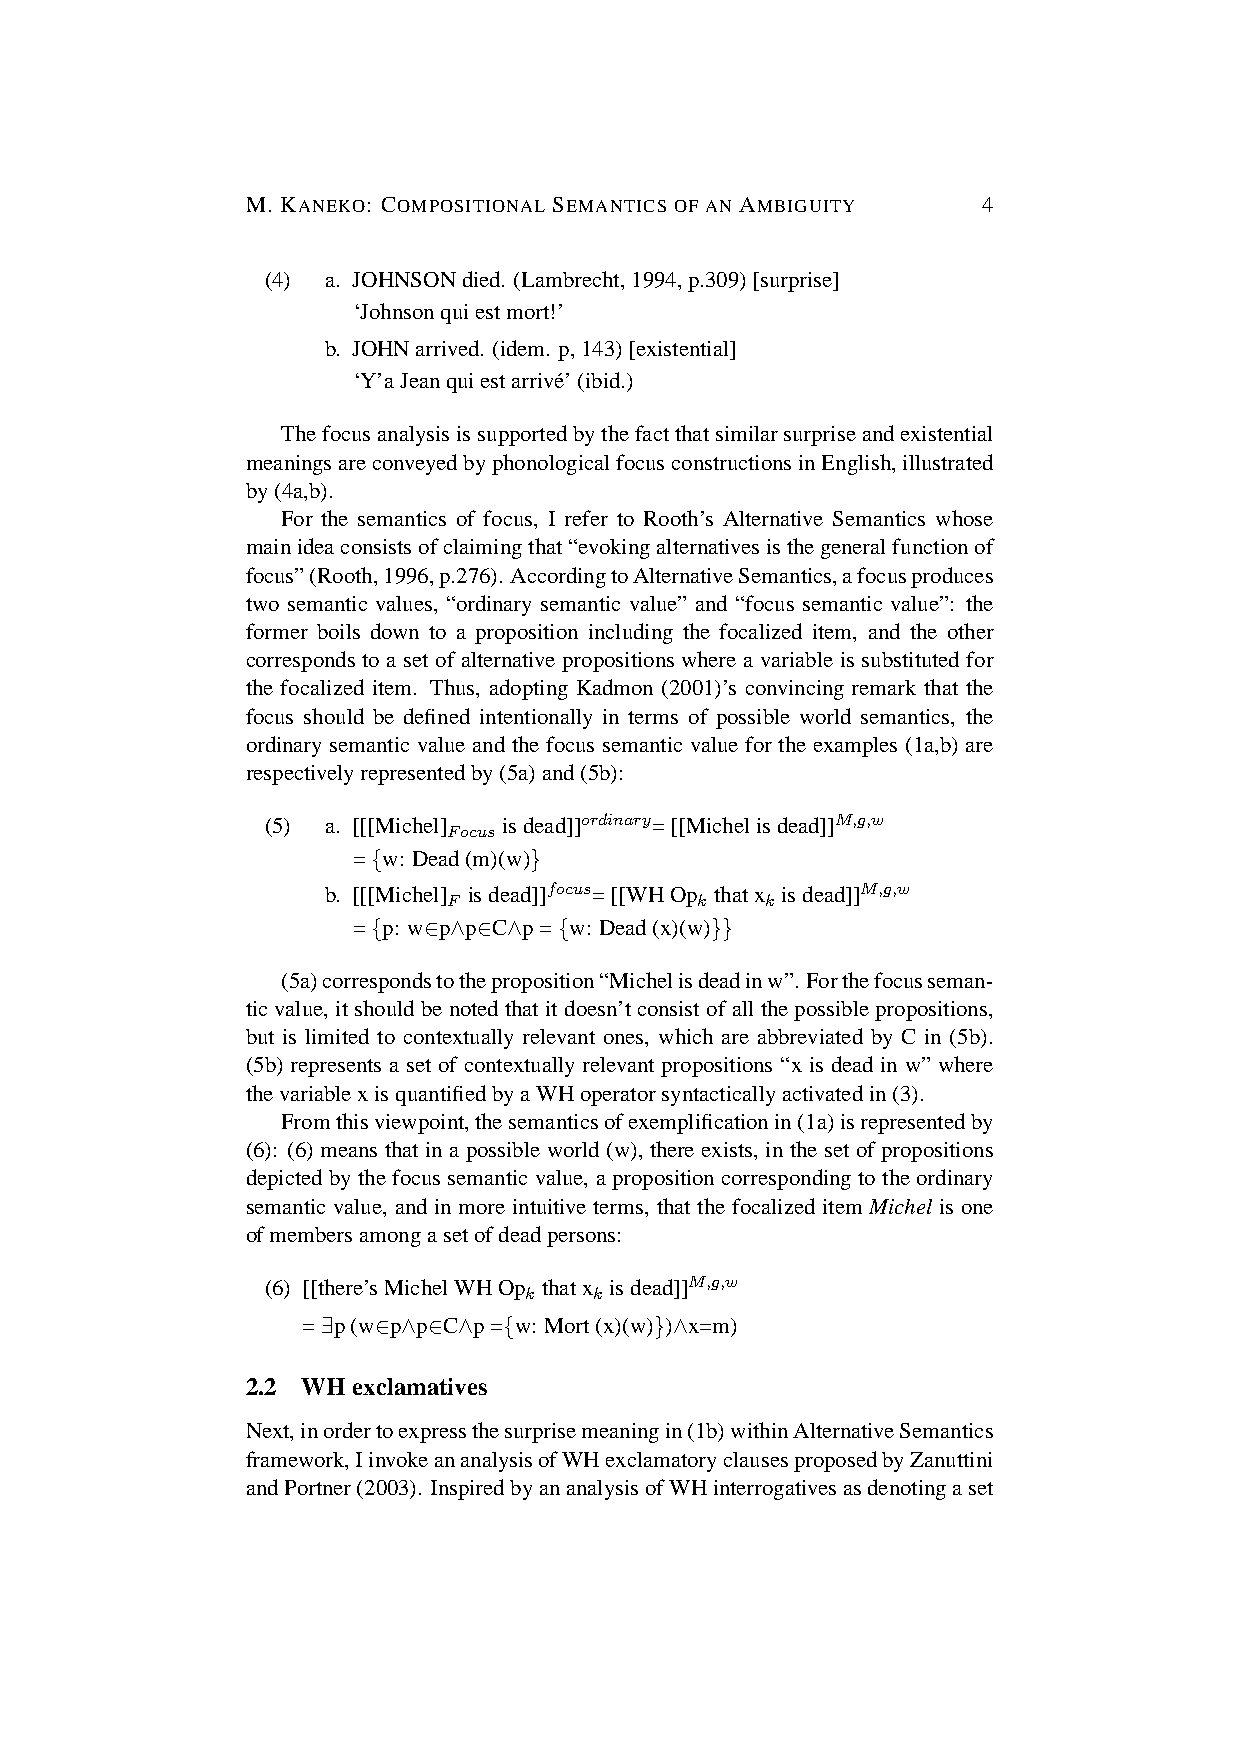
M. KANEKO: COMPOSITIONAL SEMANTICS OF AN AMBIGUITY 4
 (4) a. JOHNSONdied. (Lambrecht,1994,p.309)[surprise]
 ‘Johnsonquiestmort!’
 b. JOHNarrived. (idem. p,143)[existential]
 ‘Y’aJeanquiestarrive´’(ibid.)
 Thefocusanalysisissupportedbythefactthatsimilarsurpriseandexistential
 meaningsareconveyedbyphonologicalfocusconstructionsinEnglish,illustrated
 by(4a,b).
 For the semantics of focus, I refer to Rooth’s Alternative Semantics whose
 mainideaconsistsofclaimingthat“evokingalternativesisthegeneralfunctionof
 focus”(Rooth,1996,p.276). AccordingtoAlternativeSemantics,afocusproduces
 two semantic values, “ordinary semantic value” and “focus semantic value”: the
 former boils down to a proposition including the focalized item, and the other
 corresponds to a set of alternative propositions where a variable is substituted for
 the focalized item. Thus, adopting Kadmon (2001)’s convincing remark that the
 focus should be defined intentionally in terms of possible world semantics, the
 ordinary semantic value and the focus semantic value for the examples (1a,b) are
 respectivelyrepresentedby(5a)and(5b):
 (5) a. [[[Michel] isdead]]ordinary=[[Michelisdead]]M,g,w
 Focus
 ={w: Dead(m)(w)}
 b. [[[Michel] isdead]]focus=[[WHOp thatx isdead]]M,g,w
 F               k    k
 ={p: w∈p∧p∈C∧p={w: Dead(x)(w)}}
 (5a)correspondstotheproposition“Michelisdeadinw”. Forthefocusseman-
 ticvalue, itshouldbenotedthatitdoesn’tconsistofallthepossiblepropositions,
 but is limited to contextually relevant ones, which are abbreviated by C in (5b).
 (5b) represents a set of contextually relevant propositions “x is dead in w” where
 thevariablexisquantifiedbyaWHoperatorsyntacticallyactivatedin(3).
 Fromthisviewpoint,thesemanticsofexemplificationin(1a)isrepresentedby
 (6): (6) means that in a possible world (w), there exists, in the set of propositions
 depicted by the focus semantic value, a proposition corresponding to the ordinary
 semantic value, and in more intuitive terms, that the focalized item Michel is one
 ofmembersamongasetofdeadpersons:
 (6) [[there’sMichelWHOp thatx isdead]]M,g,w
 k   k
 =∃p(w∈p∧p∈C∧p={w: Mort(x)(w)})∧x=m)
 2.2 WHexclamatives
 Next,inordertoexpressthesurprisemeaningin(1b)withinAlternativeSemantics
 framework,IinvokeananalysisofWHexclamatoryclausesproposedbyZanuttini
 andPortner(2003). InspiredbyananalysisofWHinterrogativesasdenotingaset